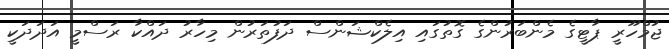
ޖުމްހޫރީ ޕާޓީގެ މެންބަރުންގެ ގޮތުގައި އިލެކްޝަންސް ދަފުތަރުން މިހާރު ދައްކާ ރަސްމީ އަދަދަކީ